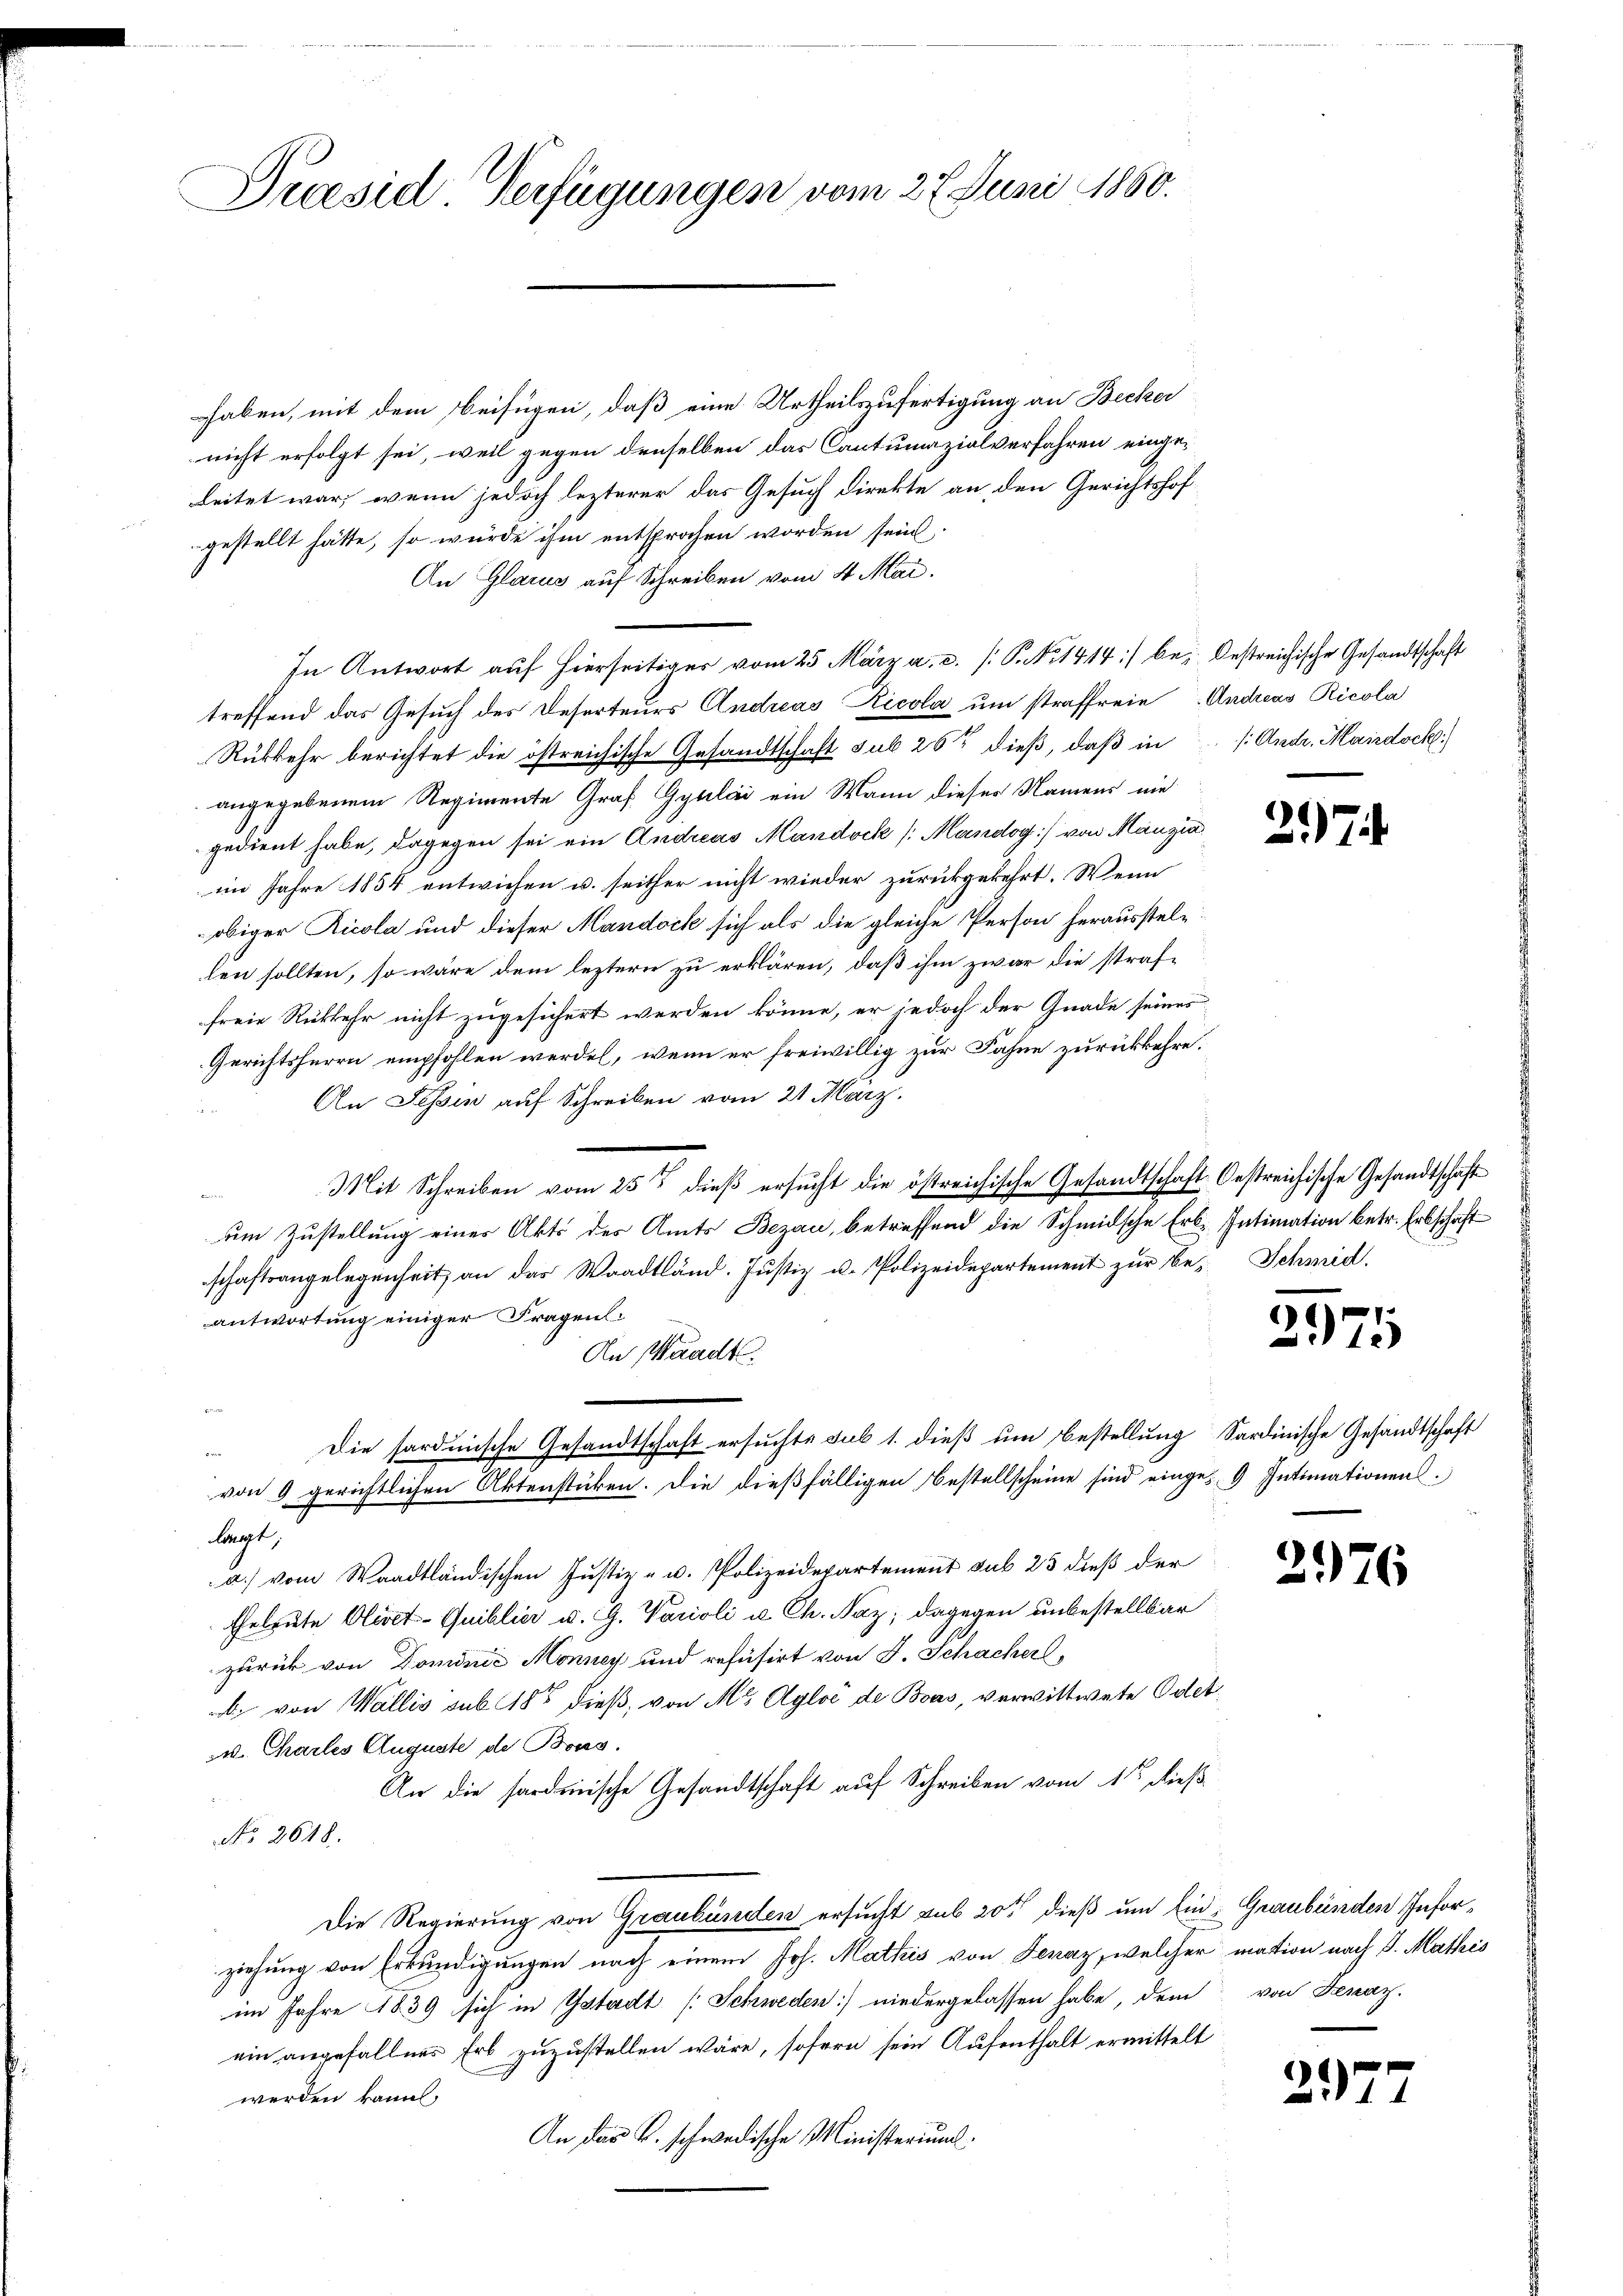
Präsid Verfügungen vom 27. Juni 1860.

haben, mit dem Beifügen, daß eine Urtheilszufertigung an Becker
nicht erfolgt sei, weil gegen denselben das Cantumazialverfahren einge-
beitet war, wenn jedoch lezterer das Gesuch direkte an den Gerichtshof
gestellt hätte, so würde ihm entsprochen worden sein.
An Glarus auf Schreiben vom 4. Mai.
In Antwort aŭf hierseitiger vom 25. März a. c. /: P. Nr. 1414) bei bestreichische Gesandtschaft
treffend das Gesuch des Deserteurs Andreas Ricola um straffreie Andreas Ricola
Rükkehr berichtet die östreichische Gesandtschaft sub 26t dieß, daß in
angegebenem Regimente Graf Gyulai ein Mann dieser Namens nie
gedient habe, dagegen sei ein Andreas Mandock (Mandog] von Manzia
im Jahre 1854 entwiesen u. seither nicht wieder zurückgekehrt. Wenn
obiger Ricola und dieser Mandock sich als die gleiche Person herausstellen sollten, so wäre dem leztern zu erklären, daß ihm zwar die straffreie Rückkehr nicht zugesichert werden könne, er jedoch der Gnade seines
Gerichtsherrn empfohlen werden, wenn er freiwillig zur Fahne zurückkehre.
An Tessin auf Schreiben vom 21. März.
Mit Schreiben vom 25ten dieß ersucht die östreichische Gesandtschaft Oestreichische Gesandtschäft
n
um Zustellung eines Akts des Amts Bezau, betreffend die Schmidsche Erb- Intimation betr. Erbschaftschaftsangelegenheit, an das Waadtländ. Justiz u. Polizeidepartement zur Be- Schmid.
antwortung einiger Fragen:
An Waadt.
e
Die sardinische Gesandtschaft ersuchte sub 1. dieß um Bestellung Sardinische Gesandtschaft

von 9 gerichtlichen Aktenstücken. Die dießfälligen Bestellscheine sind einge-9 Intimationens.
lagt,
a) vom Waadtländischen Justiz- u. Polizeidepartement sub 23 dieß der
Eheleute Olivet-Quiblici u. G. Varioli u Ch. Naz; dagegen unbestellbar
zurück von Dominie Monney und refüsirt von J. Schacherl
A. von Wallis sub 18t dieß, von M. Ayloé de Boas, verwittwete Oder
. Chartes Auguste de Bons.
An die sardinische Gesandtschaft auf Schreiben vom 1ten dieß
No. 2618.
Die Regierung von Graubünden ersucht sub 20t dieß um Ein- Graubünden Inforziehung von Erkundigungen nach einem Joh. Mathis von Lenaz, welcher mation nach J. Mathis
im Jahre 1839 sich in Gstadt (Schweden) niedergelassen habe, dem von Fenaz.
ein angefallens Erb zuzustellen wäre, sofern sein Aufenthalt ermittelt
werden kann.
An das K. schwedische Ministerium.

s: Andr. Mairdock.

297

.
275

l

2976

21